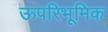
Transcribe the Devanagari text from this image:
ऊपरिभूमिक